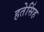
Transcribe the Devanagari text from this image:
हतेसिंह